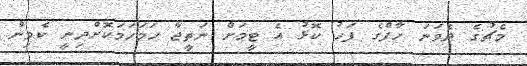
މެޗުގެ ދެވަނަ ހާފްގެ ފަހު ކޮޅު އެ ޓީމަށް ނަތީޖާ ހަމަހަމަކޮށްދިނީ ކެވިން